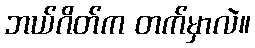
ဘယ်ဂိတ်က တက်မှာလဲ။